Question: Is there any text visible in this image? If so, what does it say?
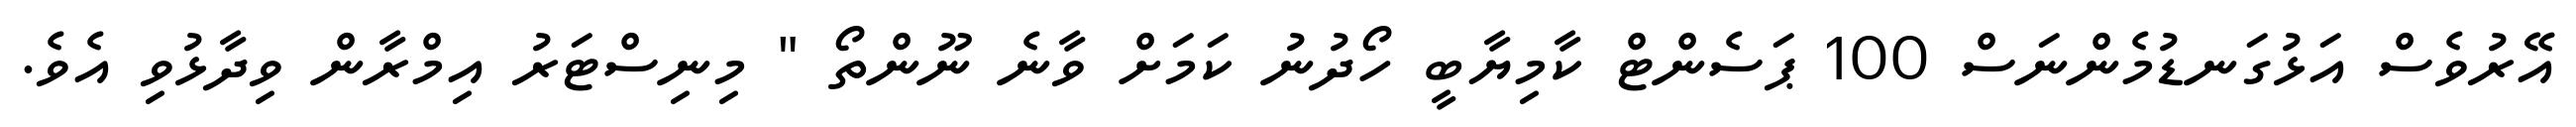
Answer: އޭރުވެސް އަޅުގަނޑުމެންނަސް 100 ޕަސެންޓް ކާމިޔާބީ ހޯދުނު ކަމަށް ވާނެ ނޫންތޯ " މިނިސްޓަރު އިމްރާން ވިދާޅުވި އެވެ.